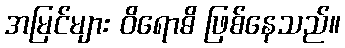
အမြင်များ ဝိရောဓိ ဖြစ်နေသည်။